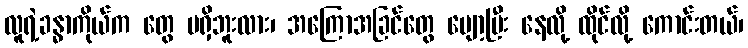
လူရဲ့ခန္ဓာကိုယ်က တွေ မရှိဘူးလား၊ အကြောအခြင်တွေ ပျော့ပြီး နေလို့ ထိုင်လို့ ကောင်းတယ်၊